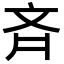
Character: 斉